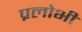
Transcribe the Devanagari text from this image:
प्रलोभी